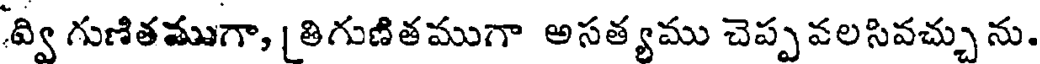
వ్వి గుణితముగా, | తిగుణితముగా అసత్యము చెప్పవలసివచ్చు ను.